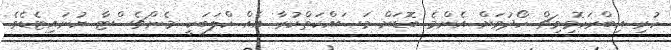
ހުރި އިބްރަހޮމިވިޗް ހޯދުމަށް އެންމެ ބޮޑަށް މަސައްކަތްކުރާ އެއް ކްލަބަކީ މެންޗެސްޓާ ޔުނައިޓެޑެވެ.